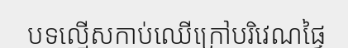
បទល្មើសកាប់ឈើក្រៅបរិវេណផ្ទៃ